Trukikaitis_Postimees, lk 86
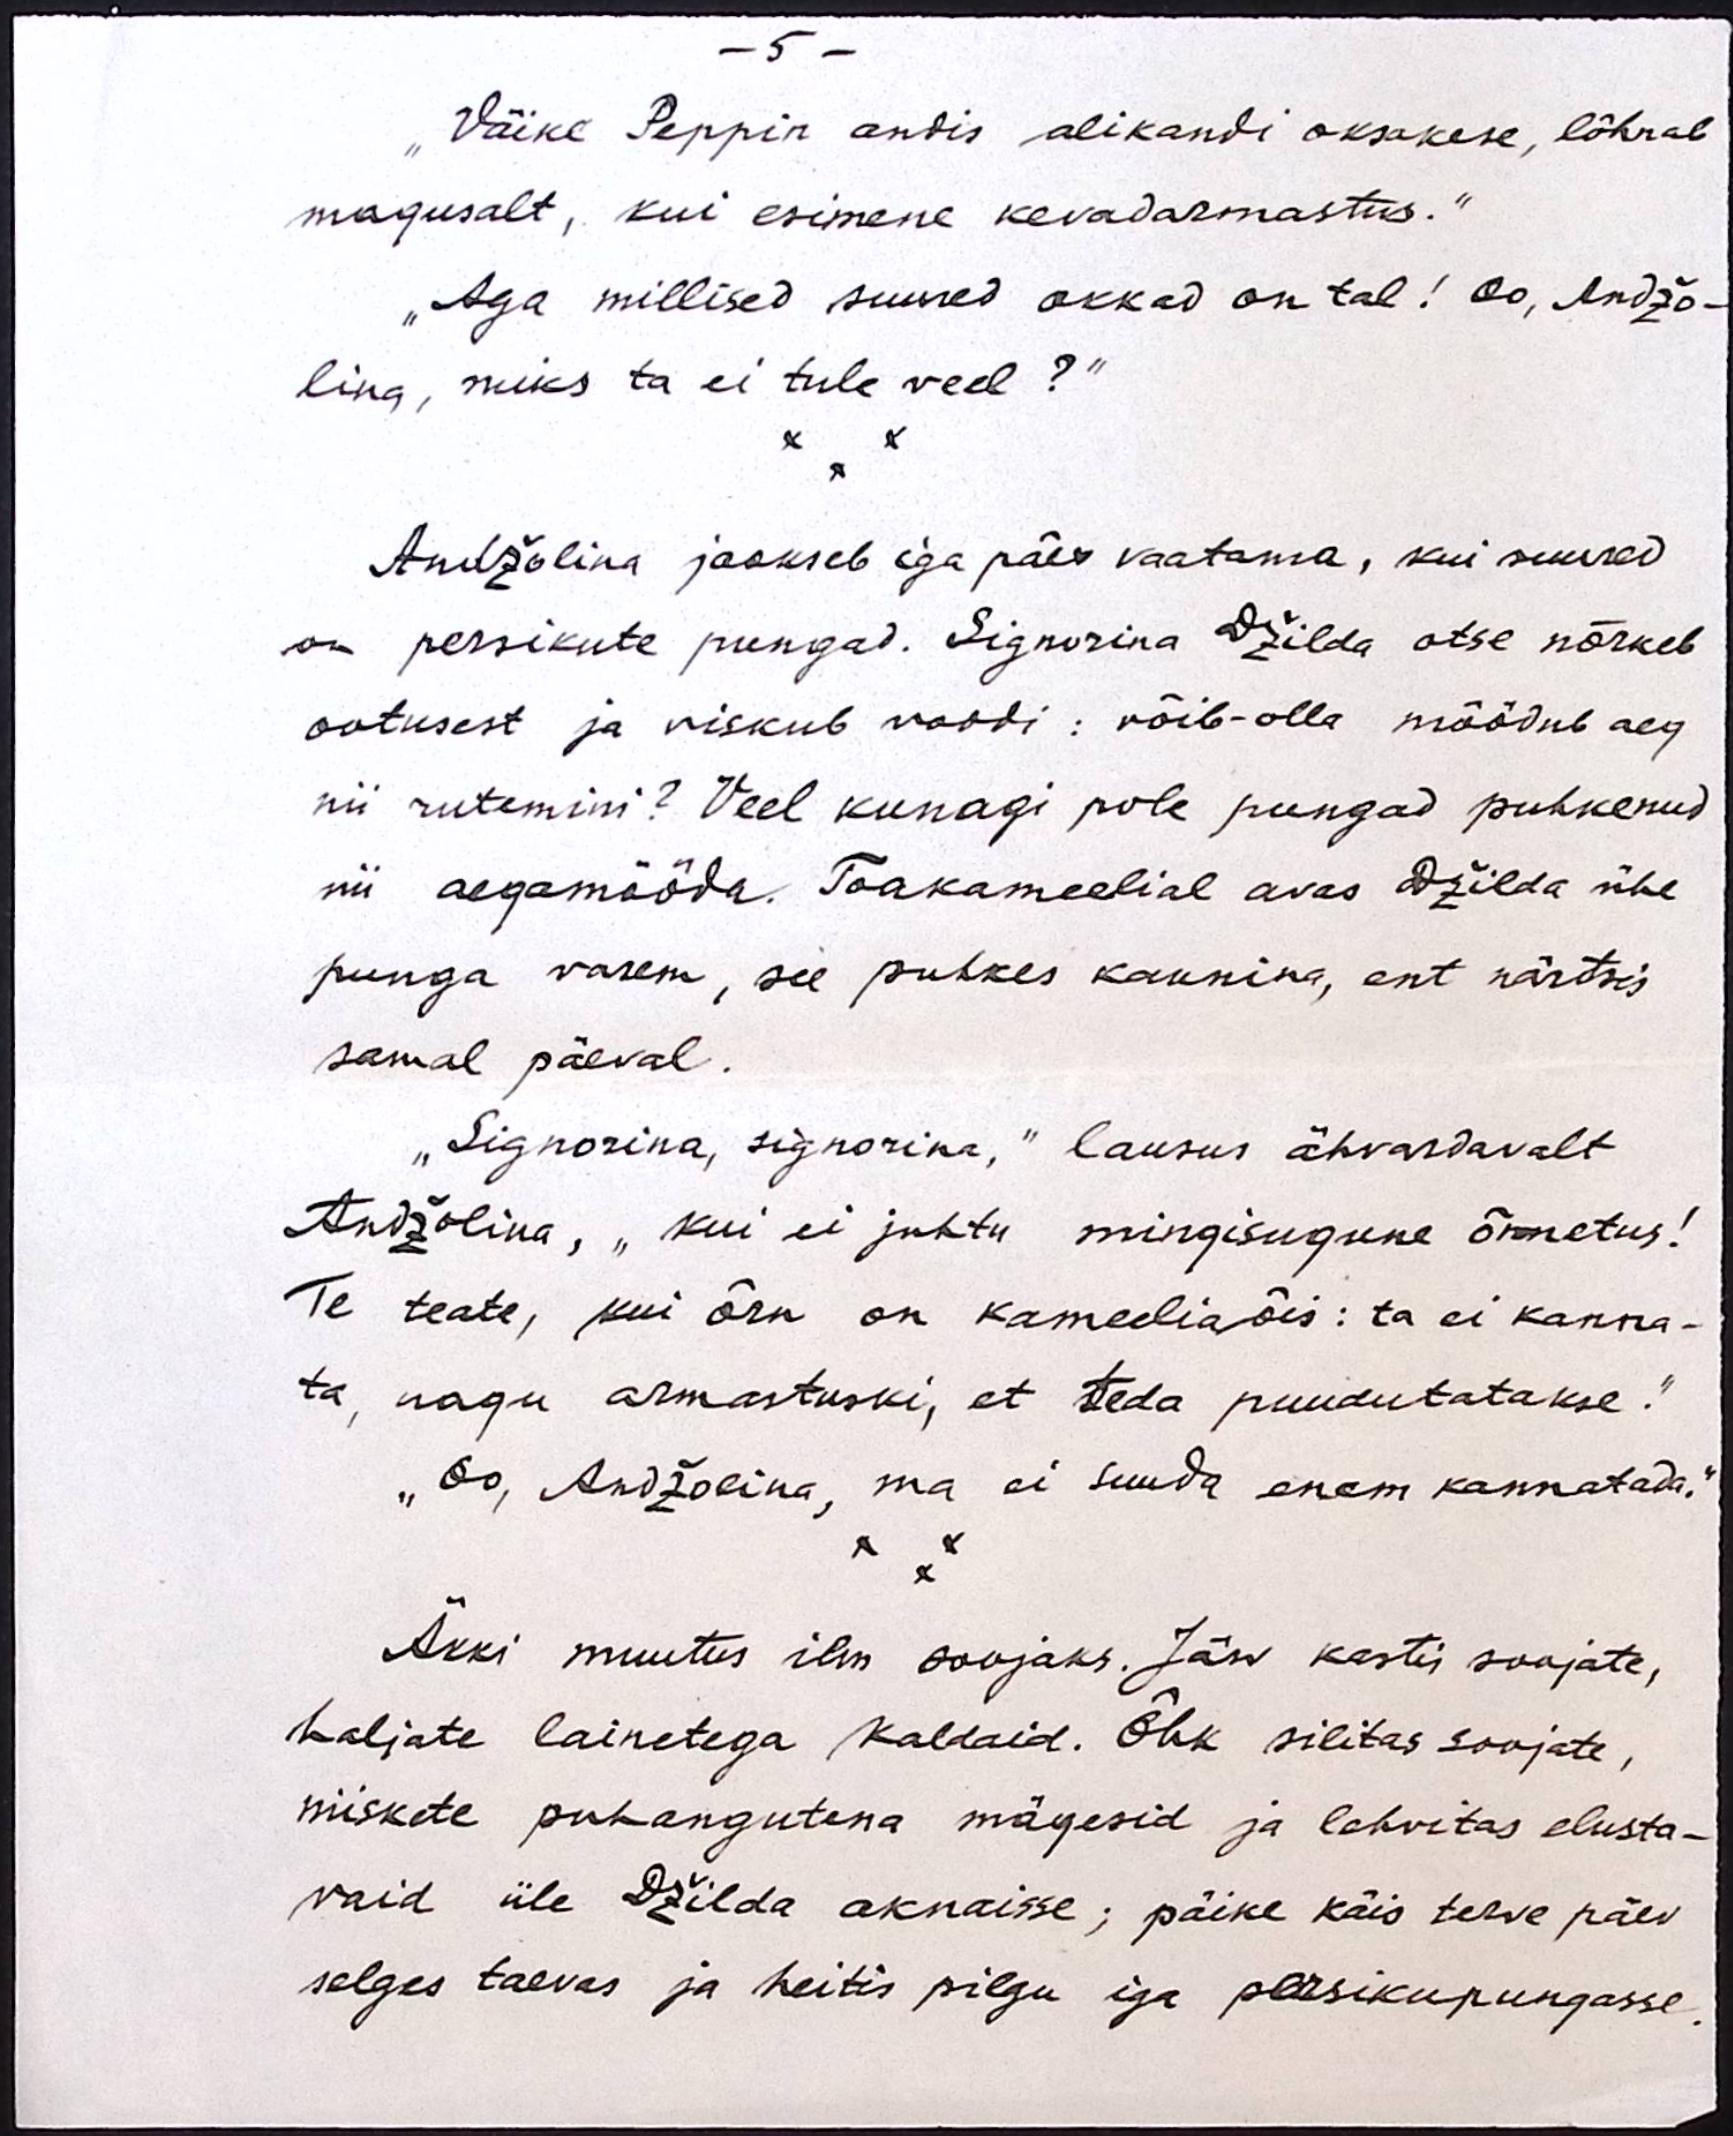
- 5 -
"Väike Peppin andis alikandi oksakese, lõhnab
magusalt, kui esimene kevadarmastus."
"Aga millised suured okkad on tal! Oo, Andžo-
lina, miks ta ei tule veel?"
Andžolina jookseb iga päev vaatama, kui suured
on persikute pungad. Signorina Džilda otse nõrkeb
ootusest ja viskub voodi: võib-olla möödub aeg
nii rutemini? Veel kunagi pole pungad puhkenud
nii aegamööda. Toakameelial avas Džilda ühe
punga varem, see puhkes kaunina, ent närtsis
samal päeval.
"Signorina, signorina," lausus ähvardavalt
Andžolina, "kui ei juhtu mingisugune õnnetus!
Te teate, kui õrn on kameeliaõis: ta ei kanna-
ta, nagu armastuski, et teda puudutatakse."
„Oo, Andžolina, ma ei suuda enam kannatada."
Äkki muutus ilm soojaks. Järv kastis soojate,
haljate lainetega kaldaid. Õhk silitas soojate,
niiskete puhangutena mägesid ja lehvitas elusta-
vaid üle Džilda aknaisse; päike käis terve päev
selges taevas ja heitis pilgu iga persikupungasse.